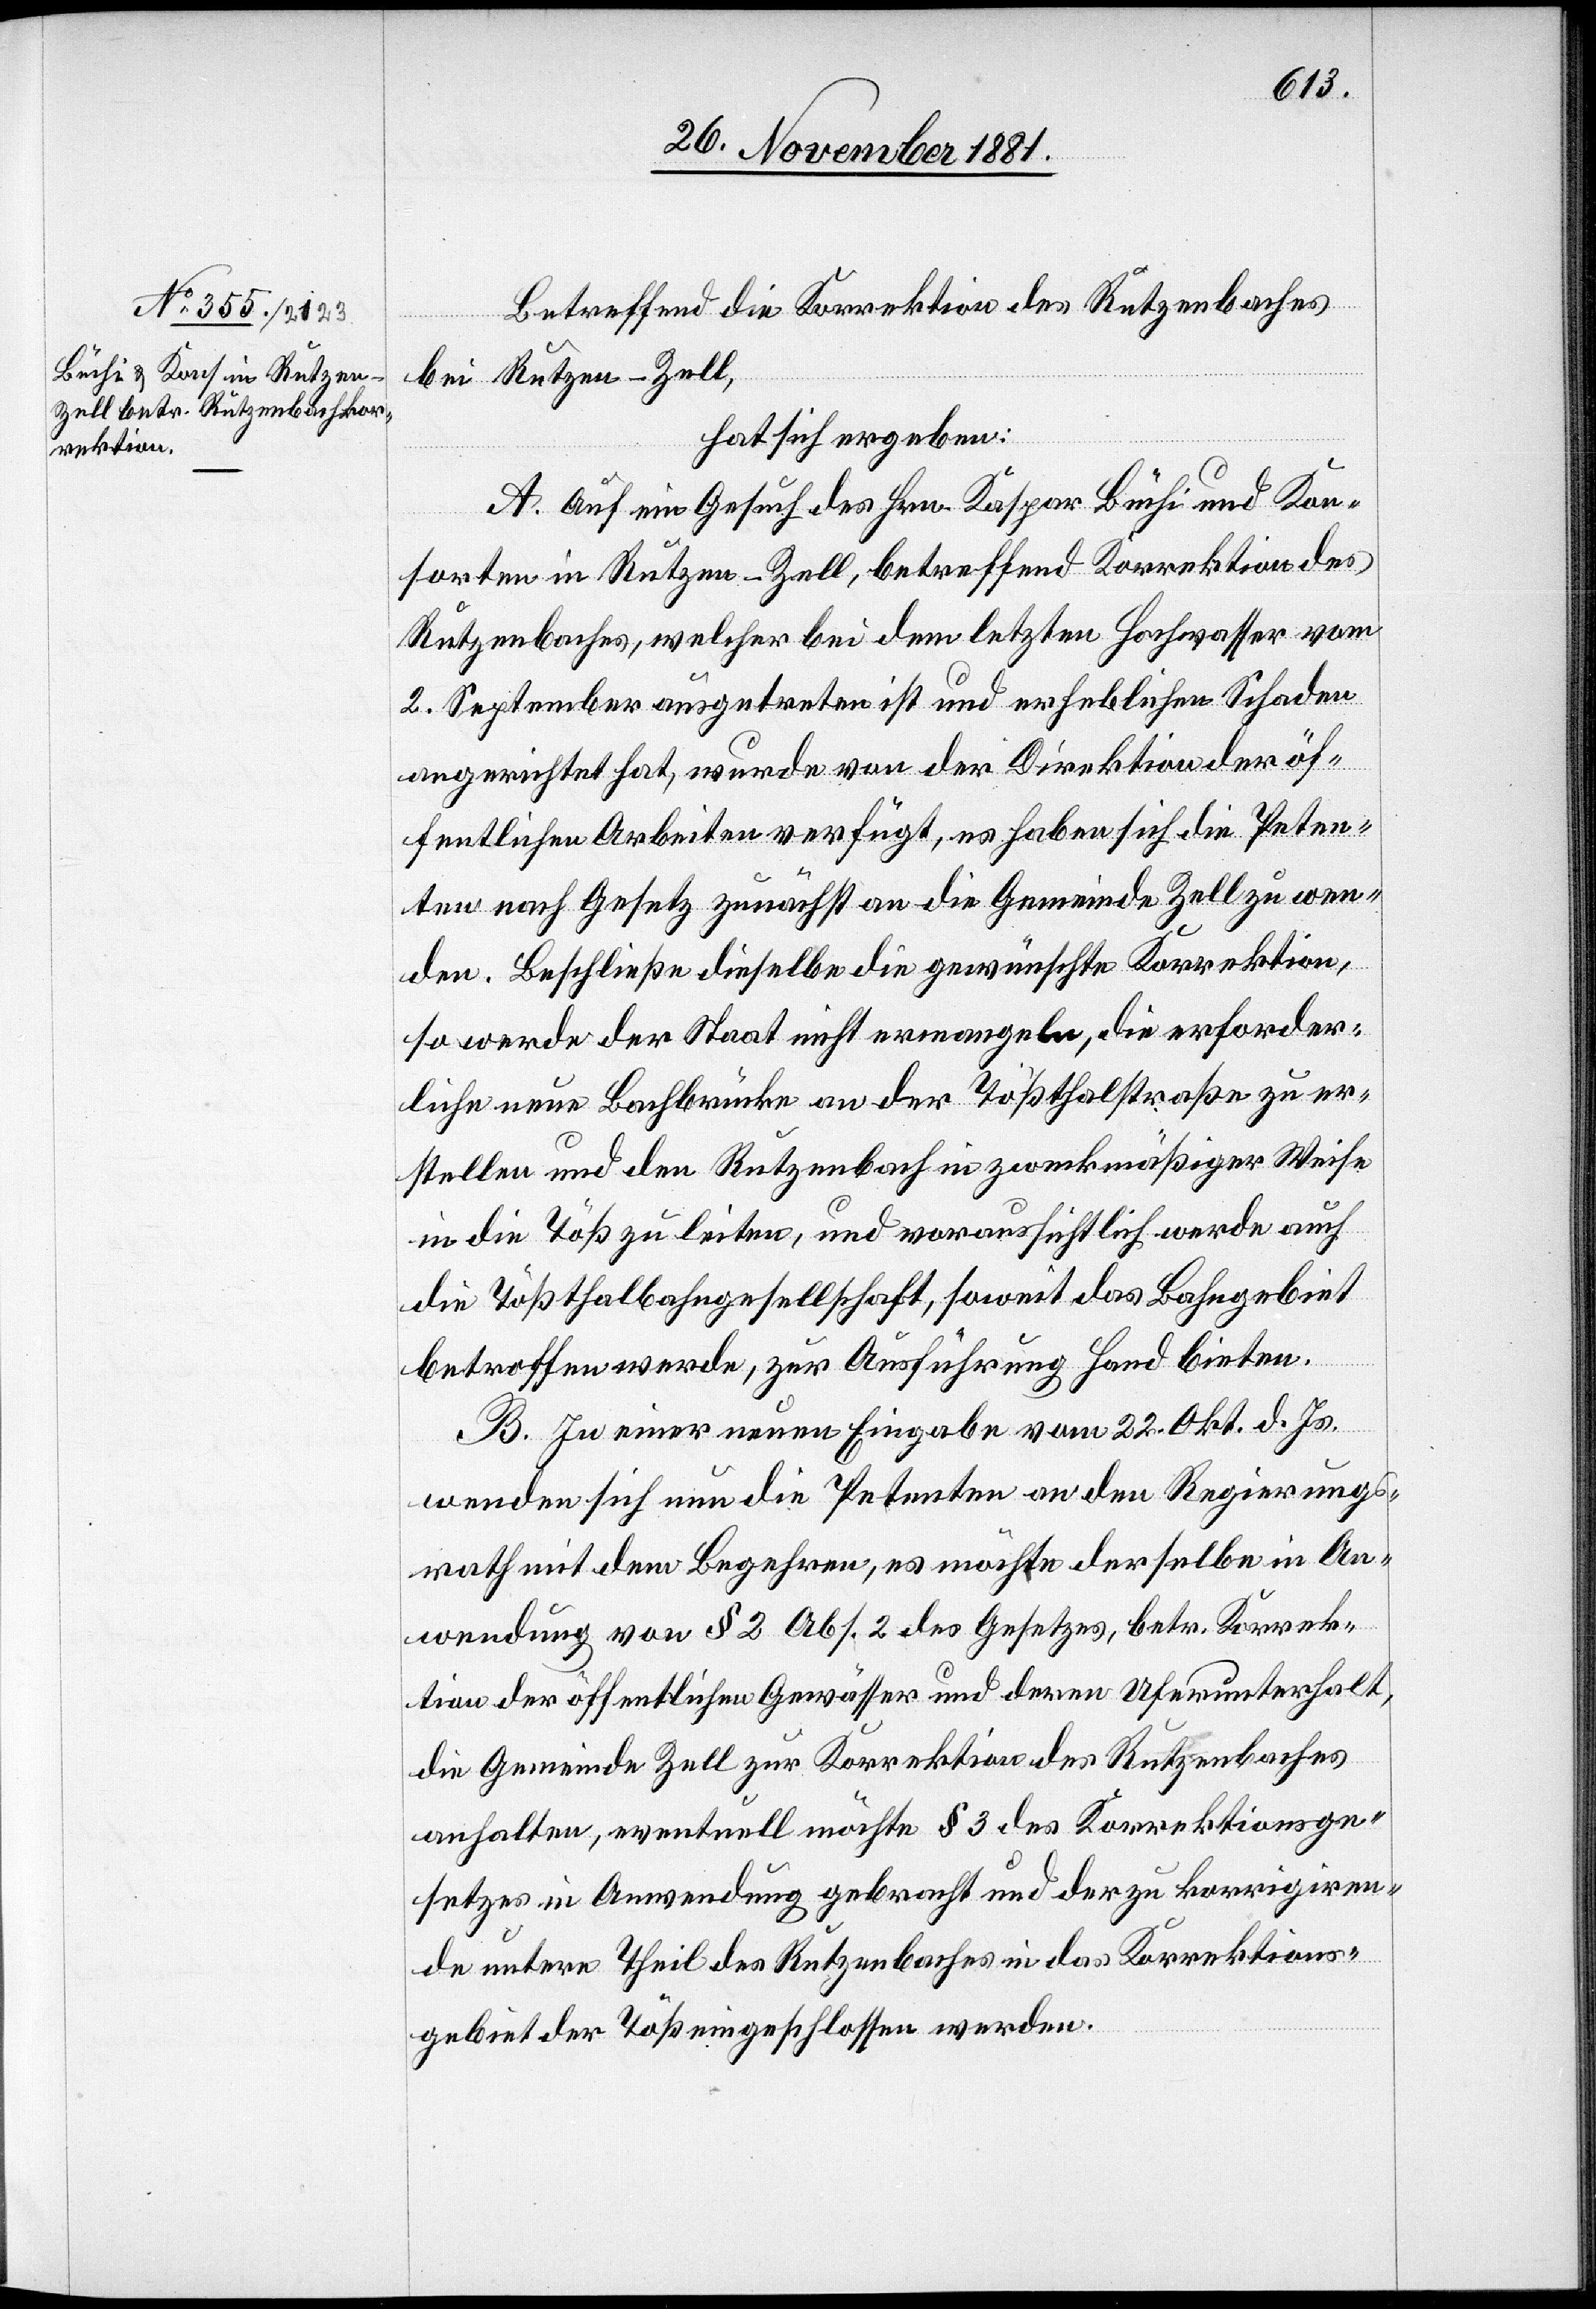
Betreffend die Korrektion des Rutzenbaches
bei Rutzen - Zell,
hat sich ergeben:
A. Auf ein Gesuch des Hrn. Kaspar Büchi und Kon¬
sorten in Rutzen - Zell, betreffend Korrektion des
Rutzenbaches, welcher bei dem letzten Hochwasser vom
2. September ausgetreten ist und erheblichen Schaden
angerichtet hat, wurde von der Direktion der öf¬
fentlichen Arbeiten verfügt, es haben sich die Peten¬
ten nach Gesetz zunächst an die Gemeinde Zell zu wen¬
den. Beschließe dieselbe die gewünschte Korrektion,
so werde der Staat nicht ermangeln, die erforder¬
liche neue Bachbrücke an der Tößthalstraße zu er¬
stellen und den Rutzenbach in zweckmäßiger Weise
in die Töß zu leiten, und voraussichtlich werde auch
die Tößthalbahngesellschaft, soweit das Bahngebiet
betroffen werde, zur Ausführung Hand bieten.
B. In einer neuen Eingabe vom 22. Okt d. Js.
wenden sich nun die Petenten an den Regierungs¬
rath mit dem Begehren, es möchte derselbe in An¬
wendung von § 2 Abs. 2 des Gesetzes, betr. Korrek¬
tion der öffentlichen Gewässer und deren Uferunterhalt,
die Gemeinde Zell zur Korrektion des Rutzenbaches
anhalten, eventuell möchte § 3 des Korrektionsge¬
setzes in Anwendung gebracht und der zu korrigiren¬
de untere Theil des Rutzenbaches in das Korrektions¬
gebiet der Töß eingeschlossen werden.